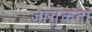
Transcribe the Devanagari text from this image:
जागृकता